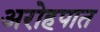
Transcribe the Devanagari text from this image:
अरोहपात